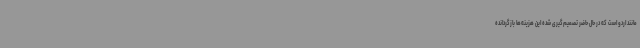
مانند اردو است که در حال حاضر تصمیم‌گیری شده این هزینه‌ها بازگردانده